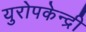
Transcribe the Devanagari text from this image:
युरोपकेन्द्री